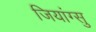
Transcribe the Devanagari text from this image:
जियांग्सु